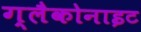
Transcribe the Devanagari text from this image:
ग्लैकोनाइट